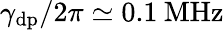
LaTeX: \gamma_{\mathrm{dp}}/2\pi\simeq 0.1\: \mathrm{MHz}